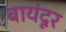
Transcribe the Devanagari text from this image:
बायंदूर